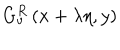
LaTeX: G _ { v } ^ { R } \left( x + \lambda \eta , y \right)